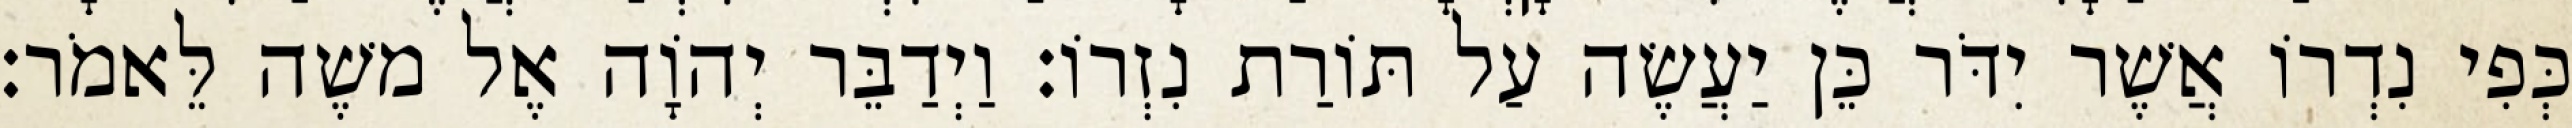
כְּפִי נִדְרוֹ אֲשֶׁר יִדֹּר כֵּן יַעֲשֶׂה עַל תּוֹרַת נִזְרוֹ׃ וַיְדַבֵּר יְהוָֹה אֶל משֶׁה לֵּאמֹר׃